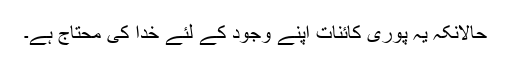
حالانکہ یہ پوری کائنات اپنے وجود کے لئے خدا کی محتاج ہے۔